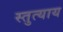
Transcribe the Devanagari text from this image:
स्तुत्याय